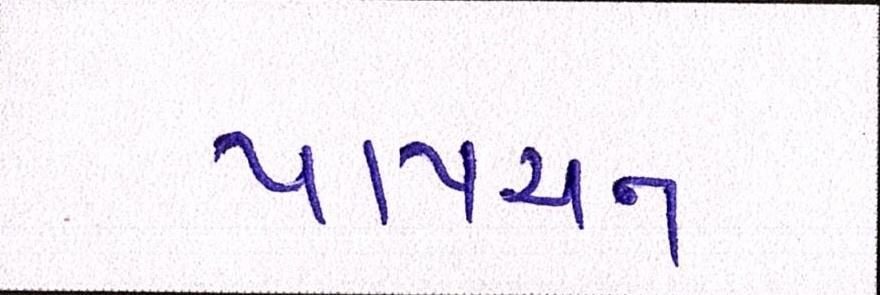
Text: પાપચન